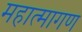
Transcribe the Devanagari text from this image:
महात्मागण